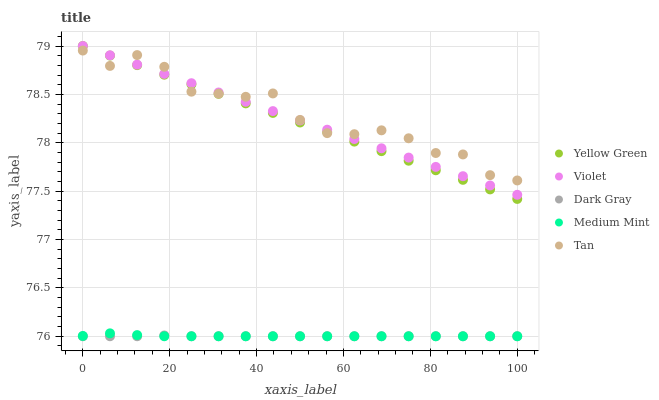
| xaxis_label | Yellow Green | Violet | Dark Gray | Medium Mint | Tan |
 | --- | --- | --- | --- | --- | --- |
 | 0 | 79 | 79 | 76 | 76 | 79 |
 | 6.25 | 78.9 | 78.9 | 76 | 76 | 78.8 |
 | 12.5 | 78.8 | 78.8 | 76 | 76 | 78.9 |
 | 18.8 | 78.7 | 78.7 | 76 | 76 | 78.8 |
 | 25 | 78.6 | 78.6 | 76 | 76 | 78.5 |
 | 31.2 | 78.5 | 78.5 | 76 | 76 | 78.5 |
 | 37.5 | 78.4 | 78.4 | 76 | 76 | 78.5 |
 | 43.8 | 78.3 | 78.3 | 76 | 76 | 78.5 |
 | 50 | 78.2 | 78.2 | 76 | 76 | 78.2 |
 | 56.2 | 78.1 | 78.1 | 76 | 76 | 78.1 |
 | 62.5 | 78 | 78 | 76 | 76 | 78.1 |
 | 68.8 | 77.9 | 77.9 | 76 | 76 | 78.1 |
 | 75 | 77.8 | 77.8 | 76 | 76 | 78 |
 | 81.2 | 77.7 | 77.8 | 76 | 76 | 77.9 |
 | 87.5 | 77.6 | 77.7 | 76 | 76 | 77.9 |
 | 93.8 | 77.5 | 77.6 | 76 | 76 | 77.7 |
 | 100 | 77.4 | 77.5 | 76 | 76 | 77.6 |